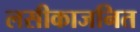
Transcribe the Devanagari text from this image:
लसीकाजनित